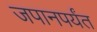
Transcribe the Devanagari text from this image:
जपानपर्यंत